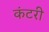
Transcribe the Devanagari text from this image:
कंटरी